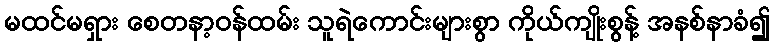
မထင်မရှား စေတနာ့ဝန်ထမ်း သူရဲကောင်းများစွာ ကိုယ်ကျိုးစွန့် အနစ်နာခံ၍